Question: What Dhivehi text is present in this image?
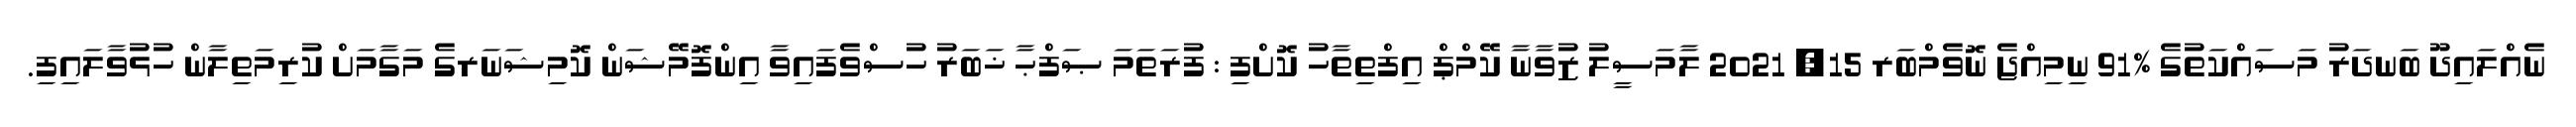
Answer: ނެއްލައިދޫ ބަނދަރު މަސައްކަތުގެ %91 ނިމިއްޖެ ނޮވެމްބަރ 15, 2021 ލާމަސީލު ޒުވާނާ ކޭމްޕް އިފްތިތާހު ކޮށްފި : ފުރަތަމަ ޞަފްޙާ ޚަބަރު ހުސްވެފައިވާ އިންފޮމޭޝަން ކޮމިޝަނަރގެ މަގާމަށް ކުރިމަތިލާން ހުޅުވާލައިފި.